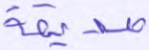
صديقة